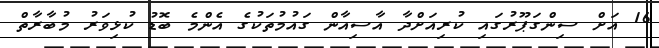
16 އަށް ސިންގަޕޫރުގައި ކުރިއަށްދާ އާސިއާން ގައުމުތަކުގެ އެންމެ ބޮޑު ކުޅިވަރު މުބާރާތް